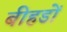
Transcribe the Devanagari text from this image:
बीहडों